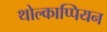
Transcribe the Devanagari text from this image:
थोल्काप्पियन